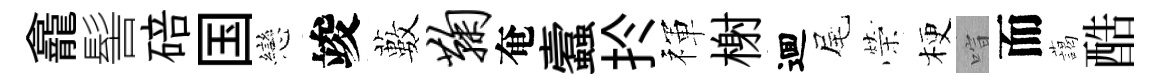
龕髻碚国戀竣藪鞠奄蠧扵禈榭逥尾榮梗喧而藹酷